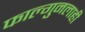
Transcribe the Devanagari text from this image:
फाल्गुनलाही